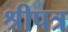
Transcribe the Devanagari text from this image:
श्रीपत्र